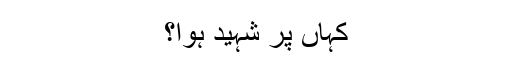
کہاں پر شہید ہوا؟